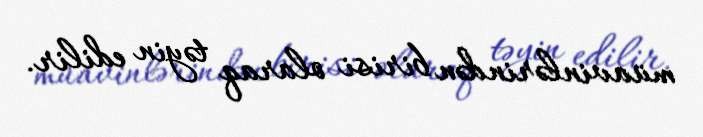
müavinlərindən birisi olaraq təyin edilir.